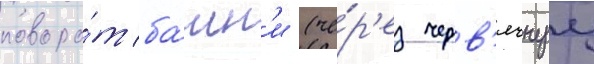
поворо́т ба́шн'и (че́р'ез черв'ячнуу